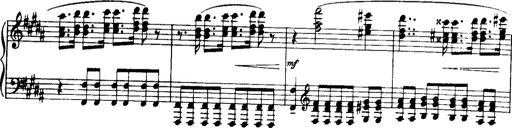
Title: Historische ungarische Bildnisse
Composer: Franz Liszt